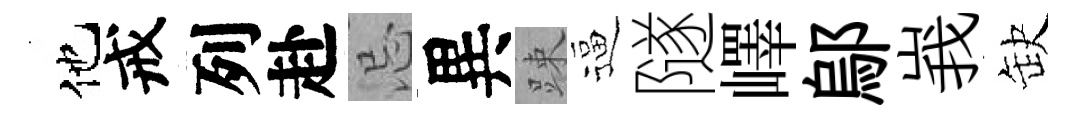
他戒列赴忌異踈逼隧嶧鄔峩缺